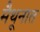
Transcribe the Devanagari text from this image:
मैथूनात